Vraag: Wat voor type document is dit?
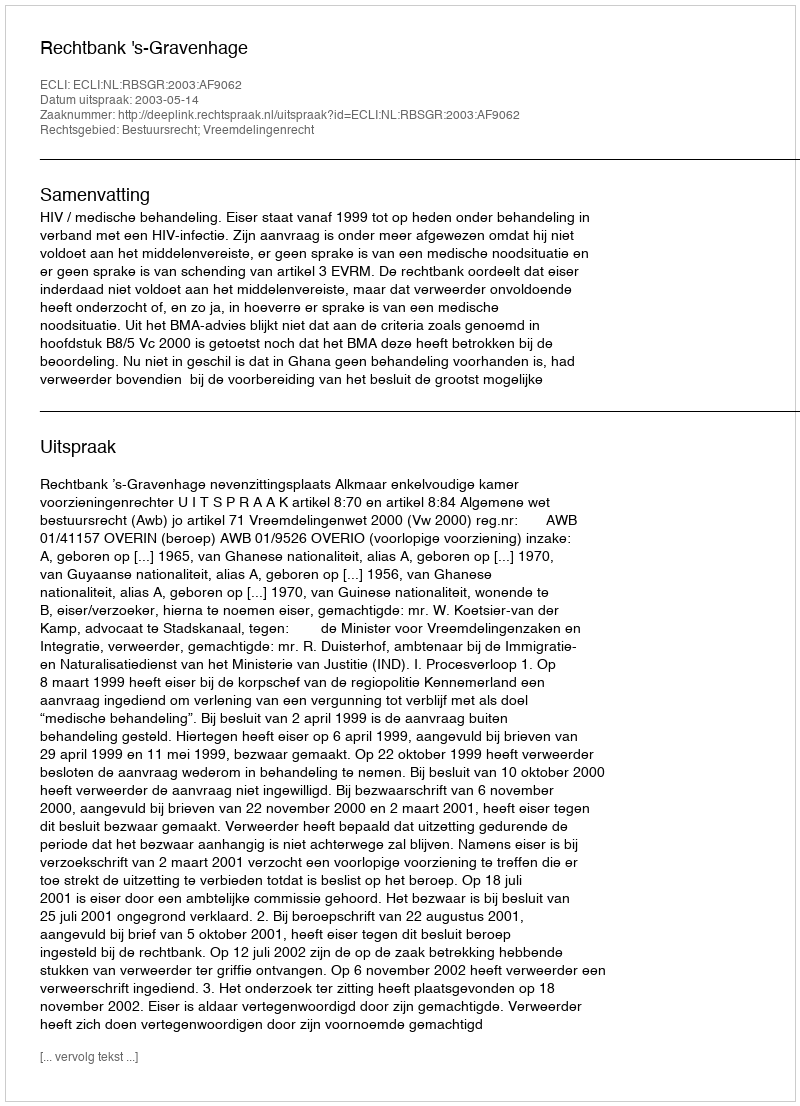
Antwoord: Uitspraak